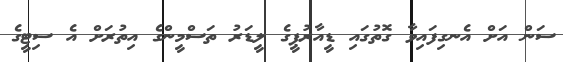
ސަން އަށް އެނގިފައިވާ ގޮތުގައި ޑީއާރުޕީގެ ލީޑަރު ތަސްމީންގެ އިތުރަށް އެ ސިޓީގެ